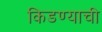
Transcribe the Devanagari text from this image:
किडण्याची